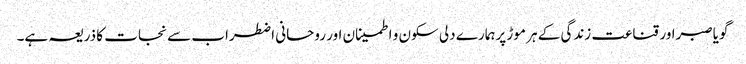
گویاصبراور قناعت زندگی کے ہر موڑ پرہمارے دلی سکون و اطمینان اور روحانی اضطراب سے نجات کا ذریعہ ہے۔